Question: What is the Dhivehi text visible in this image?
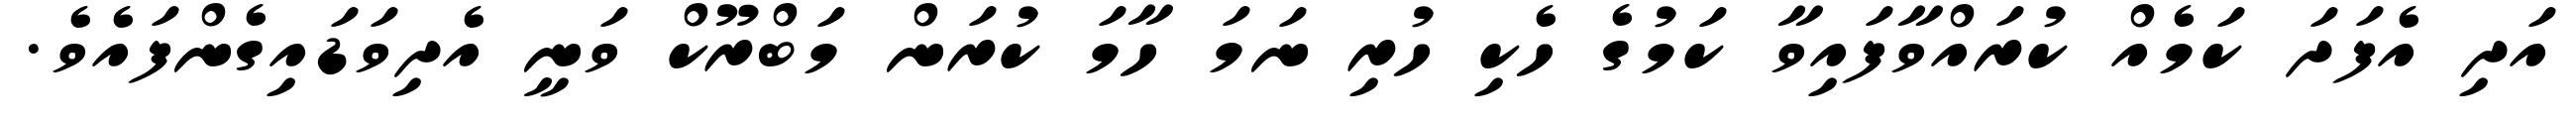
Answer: އަދި އެފަދަ ކަމެއް ކުރައްވާފައިވާ ކަމުގެ ހެކި ހުރި ނަމަ ހާމަ ކުރަން މަބްރޫކް ވަނީ އެދިވަޑައިގެންފައެވެ.